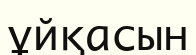
ұйқасын